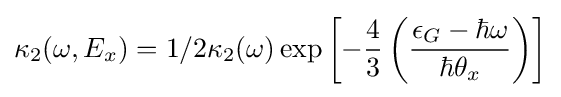
\kappa _{2}(\omega ,E_{x})={1/2}\kappa _{2}(\omega )\exp \left[-{4 \over 3}\left({{\epsilon _{G}-\hbar \omega } \over {\hbar \theta _{x}}}\right)\right]